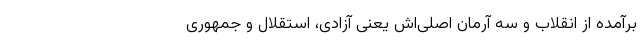
برآمده از انقلاب و سه آرمان اصلی‌اش یعنی آزادی، استقلال و جمهوری